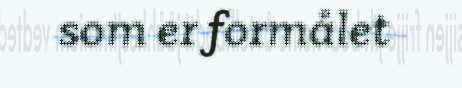
som er formålet